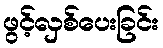
ဖွင့်လှစ်ပေးခြင်း